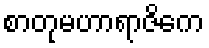
စာတုမဟာရာဇိကေ